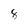
Character: 8